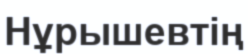
Нұрышевтің